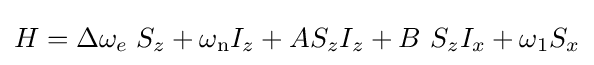
H=\Delta \omega _{e}\;S_{z}+\omega _{\rm {n}}I_{z}+AS_{z}I_{z}+B\ S_{z}I_{x}+\omega _{1}S_{x}